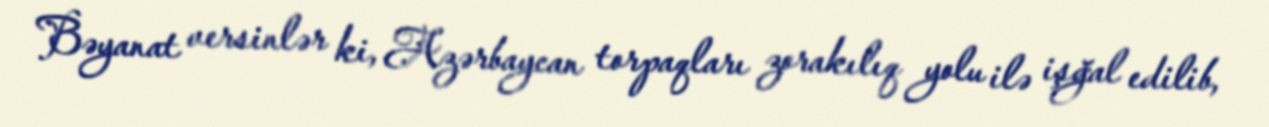
Bəyanat versinlər ki, Azərbaycan torpaqları zorakılıq yolu ilə işğal edilib,